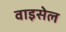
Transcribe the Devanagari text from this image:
वाइसेल